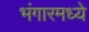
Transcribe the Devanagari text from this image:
भंगारमध्ये